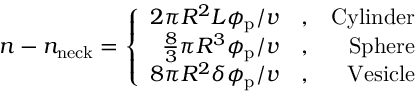
n - n _ { \mathrm { n e c k } } = \left\{ \begin{array} { r l r } { 2 \pi R ^ { 2 } L \phi _ { \mathrm { p } } / v } & { , } & { \mathrm { C y l i n d e r } } \\ { \frac { 8 } { 3 } \pi R ^ { 3 } \phi _ { \mathrm { p } } / v } & { , } & { \mathrm { S p h e r e } } \\ { 8 \pi R ^ { 2 } \delta \phi _ { \mathrm { p } } / v } & { , } & { \mathrm { V e s i c l e } } \end{array} \right.